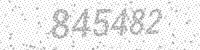
Solution: 845482